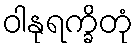
ဝါနုရက္ခိတုံ